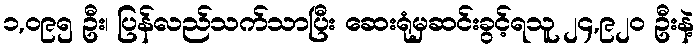
၁,၀၉၅ ဦး၊ ပြန်လည်သက်သာပြီး ဆေးရုံမှဆင်းခွင့်ရသူ ၂၄,၉၂၀ ဦးနဲ့